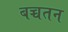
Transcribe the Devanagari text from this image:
बच्चतन